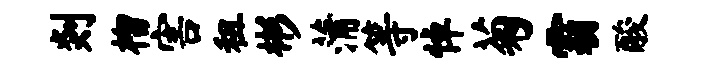
剡榴害租彬蒲等悼菊霸酸